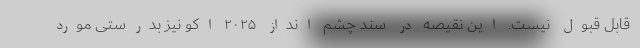
قابل قبول نیست. این نقیصه در سند چشم انداز ۲۰۲۵ اکو نیز بدرستی مورد